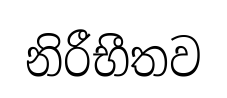
නිරීභීතව